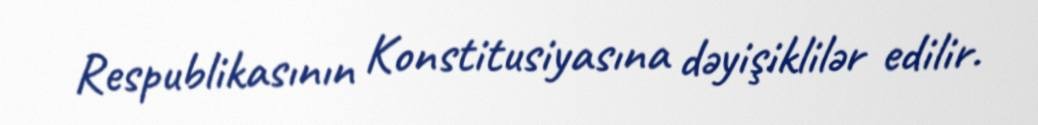
Respublikasının Konstitusiyasına dəyişiklilər edilir.